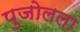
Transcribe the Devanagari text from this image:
पुजोलला